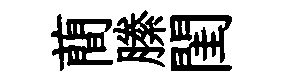
蕳縢閨